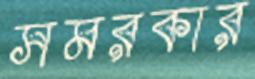
সমরকার